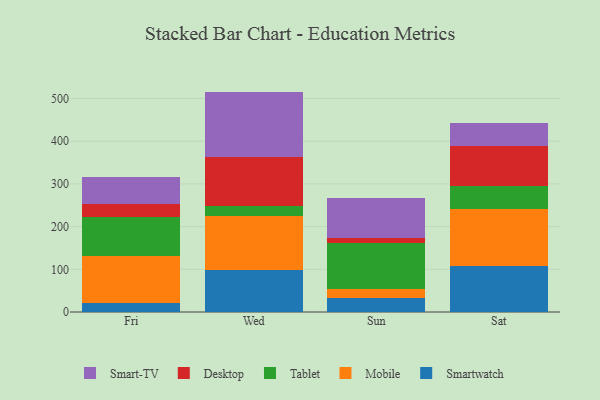
{"axis": {"x": "Day", "y": "Operating Costs (USD K)"}, "legend": ["Desktop", "Mobile", "Smart-TV", "Smartwatch", "Tablet"], "data": [{"x": "Fri", "y": 21.7, "type": "Smartwatch"}, {"x": "Fri", "y": 110.6, "type": "Mobile"}, {"x": "Fri", "y": 89.3, "type": "Tablet"}, {"x": "Fri", "y": 30.7, "type": "Desktop"}, {"x": "Fri", "y": 64.3, "type": "Smart-TV"}, {"x": "Wed", "y": 99.3, "type": "Smartwatch"}, {"x": "Wed", "y": 125.0, "type": "Mobile"}, {"x": "Wed", "y": 24.5, "type": "Tablet"}, {"x": "Wed", "y": 113.0, "type": "Desktop"}, {"x": "Wed", "y": 154.3, "type": "Smart-TV"}, {"x": "Sun", "y": 33.6, "type": "Smartwatch"}, {"x": "Sun", "y": 20.6, "type": "Mobile"}, {"x": "Sun", "y": 107.1, "type": "Tablet"}, {"x": "Sun", "y": 11.0, "type": "Desktop"}, {"x": "Sun", "y": 95.3, "type": "Smart-TV"}, {"x": "Sat", "y": 108.5, "type": "Smartwatch"}, {"x": "Sat", "y": 131.7, "type": "Mobile"}, {"x": "Sat", "y": 55.6, "type": "Tablet"}, {"x": "Sat", "y": 91.9, "type": "Desktop"}, {"x": "Sat", "y": 55.0, "type": "Smart-TV"}]}